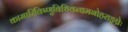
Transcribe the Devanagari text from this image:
कामारिविष्णुविधिवन्द्यमनोहराङ्घ्रेः